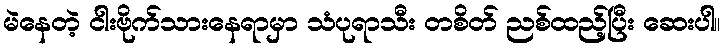
မဲနေတဲ့ ငါးဗိုက်သားနေရာမှာ သံပုရာသီး တစိတ် ညစ်ထည့်ပြီး ဆေးပါ။